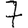
Digit: 7